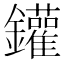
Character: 鑵